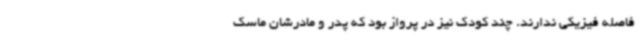
فاصله فیزیکی ندارند. چند کودک نیز در پرواز بود که پدر و مادرشان ماسک